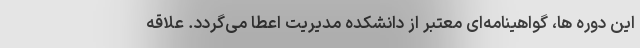
این دوره ها، گواهینامه‌ای معتبر از دانشکده مدیریت اعطا می‌گردد. علاقه